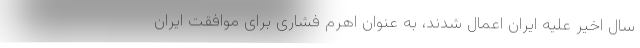
سال اخیر علیه ایران اعمال شدند، به عنوان اهرم فشاری برای موافقت ایران